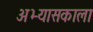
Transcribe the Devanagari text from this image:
अभ्यासकाला